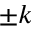
\pm k